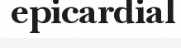
epicardial